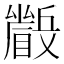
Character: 𱳕